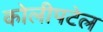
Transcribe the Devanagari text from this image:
कोलीपटेल